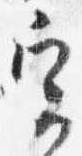
実